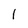
Character: 1